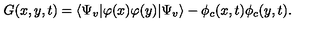
G ( x , y , t ) = \langle \Psi _ { v } | \varphi ( x ) \varphi ( y ) | \Psi _ { v } \rangle - \phi _ { c } ( x , t ) \phi _ { c } ( y , t ) .